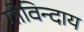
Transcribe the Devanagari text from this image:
गोविन्दाय